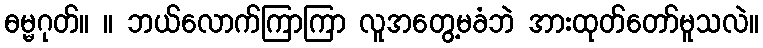
ဓမ္မဂုတ်။ ။ ဘယ်လောက်ကြာကြာ လူအတွေ့မခံဘဲ အားထုတ်တော်မူသလဲ။